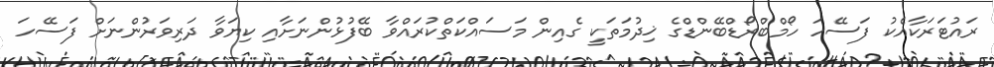
ރައުޓަރަކާއެކު ފަސޭހަ ހޯމްބްރޯޑްބޭންޑްގެ ޚިދުމަތަކީ ގެއިން މަސައްކަތްކުރައްވާ ބޭފުޅުންނަށާއި ކިޔަވާ ދަރިވަރުންނަށް ފަސޭހަ